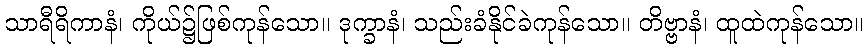
သာရီရိကာနံ၊ ကိုယ်၌ဖြစ်ကုန်သော။ ဒုက္ခာနံ၊ သည်းခံနိုင်ခဲကုန်သော။ တိဗ္ဗာနံ၊ ထူထဲကုန်သော။